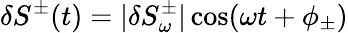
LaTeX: \delta S^{\pm}(t)=|\delta S_{\omega}^{\pm}|\cos(\omega t+\phi_{\pm})